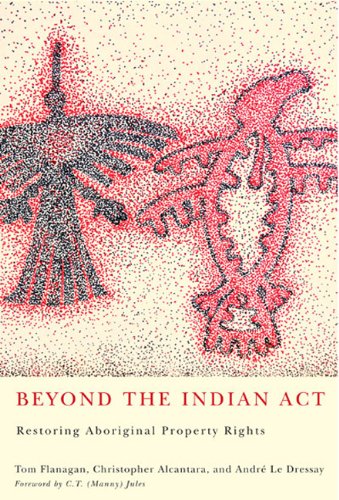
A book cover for Beyond the Indian Act: Restoring Aboriginal Property Rights; Tom Flanagan; Law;